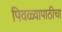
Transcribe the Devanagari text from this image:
पिवळ्यापाठीचा